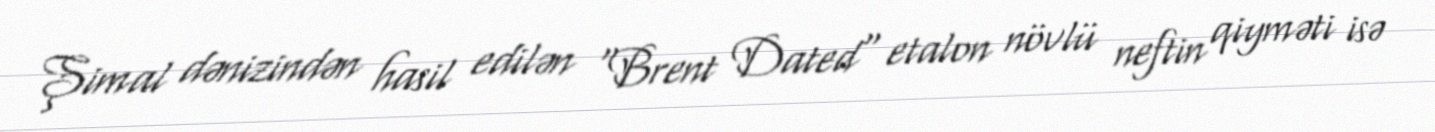
Şimal dənizindən hasil edilən "Brent Dated" etalon növlü neftin qiyməti isə